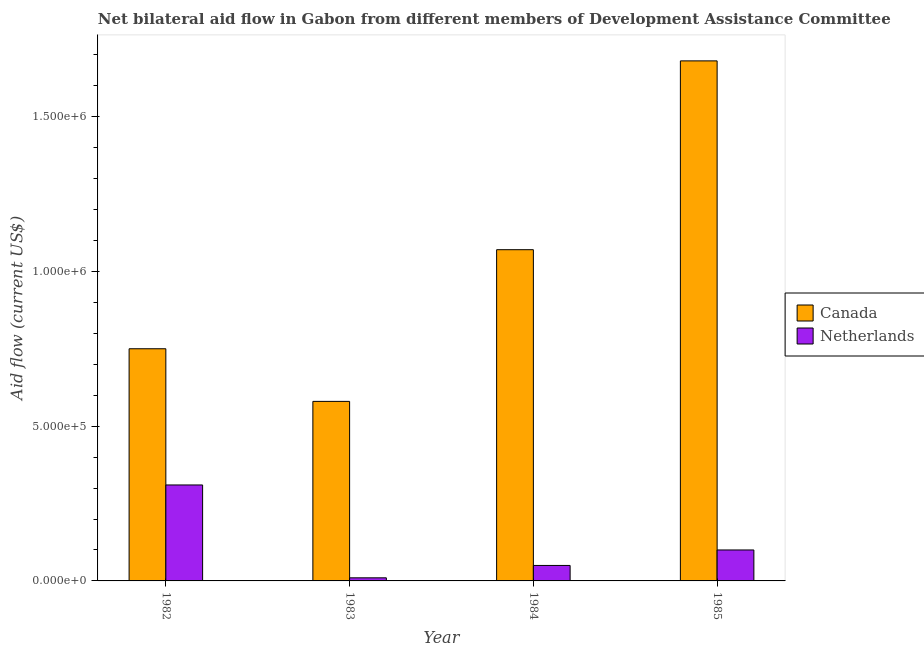
| Year | Canada | Netherlands |
 | --- | --- | --- |
 | 1982 | 7.5e+05 | 3.1e+05 |
 | 1983 | 5.8e+05 | 1e+04 |
 | 1984 | 1.07e+06 | 5e+04 |
 | 1985 | 1.68e+06 | 1e+05 |